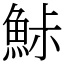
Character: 鮛